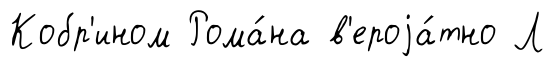
Кобр'ином Рома́на в'ероjа́тно Л